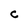
Character: C